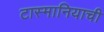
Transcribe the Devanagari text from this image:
टास्मानियाची